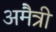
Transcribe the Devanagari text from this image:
अमैत्री